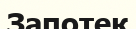
Запотек